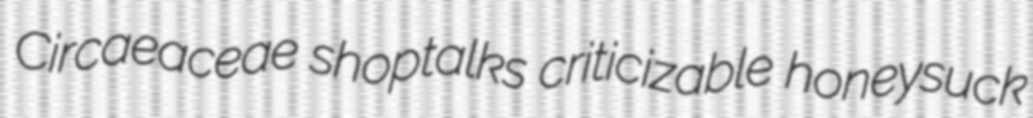
Circaeaceae shoptalks criticizable honeysuck